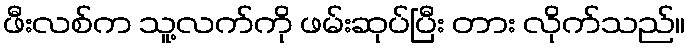
ဖီးလစ်က သူ့လက်ကို ဖမ်းဆုပ်ပြီး တား လိုက်သည်။